Lunatic asylums Punjab 1868-1880 - 1868-1880
Year: 1868
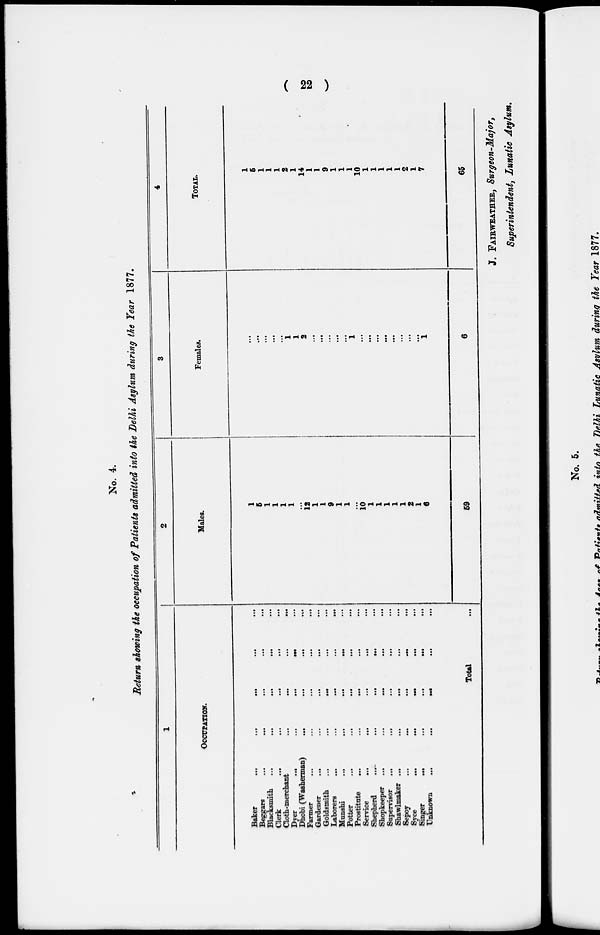
( 22 )
No. 4.
Return showing the occupation of Patients admitted into the Delhi Asylum during the Year 1877.
1
OCCUPATION.
Baker
...
...
...
...
...
Beggars
...
...
...
...
...
Blacksmith ... ... ... ... ...
Clerk ... ... ... ... ...
Cloth-merchant ... ... ... ... ...
Dyer
...
...
...
...
...
Dhobi (Washerman) ... ... ... ... ...
Farmer ... ... ... ... ...
Gardener ... ... ... ... ...
Goldsmith ... ... ... ... ...
Laborers ... ... ... ... ...
Munshi ... ... ... ... ...
Potter ... ... ... ... ...
Prostitute ... ... ... ... ...
Service
...
...
...
...
...
Shepherd ... ... ... ... ...
Shopkeeper ... ... ... ... ...
Supervisor ... ... ... ... ...
Shawlmaker ... ... ... ... ...
Sepoy
...
...
...
...
...
...
Syce
...
...
...
...
...
...
Singer ... ... ... ... ...
Unknown
...
...
...
...
...
Total ...
2
Males.
1
5
1
1
1
1
...
12
1
1
9
1
1
...
10
1
1
1
1
1
2
1
6
59
3
Females.
...
...
...
...
...
1
1
2
...
...
...
...
...
1
...
...
...
...
...
...
...
...
1
6
4
TOTAL.
1
5
1
1
1
2
1
14
1
1
9
1
1
1
10
1
1
1
1
1
2
1
7
65
J. FAIRWEATHER, Surgeon-Major,
Superintendent, Lunatic Asylum.